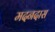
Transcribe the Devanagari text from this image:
मदनदास